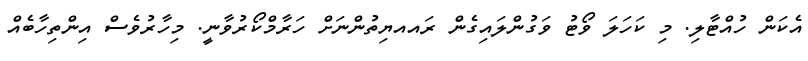
އެކަން ހުއްޓާލި. މި ކަހަލަ ވޯޓު ވަގުންލައިގެން ރައއޔިތުންނަށް ހަރާމްކޯރުވާނީ. މިހާރުވެސް އިންތިހާބެއް